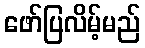
ဖော်ပြလိမ့်မည်